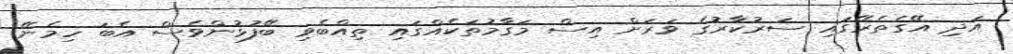
އަދި އޭގެތެރޭގައި ސަރުކާރުގެ ވަރަށް އިސް މަގާމުތަކެއްގައި ތިއްބެވި ބޭފުޅުންވެސް އެބަ ހިމެނޭ.